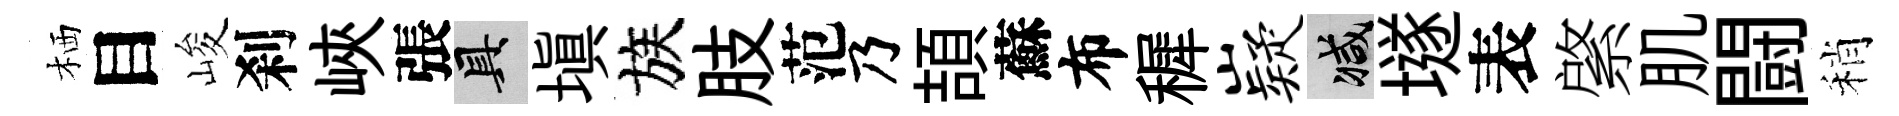
栖目峻刹峽張具填族肢范乃頡蘇布穉嶷减𡑞表綮肌闘稍